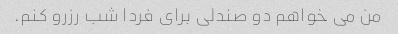
من می خواهم دو صندلی برای فردا شب رزرو کنم.